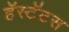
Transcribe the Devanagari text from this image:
हॅस्टॅटस